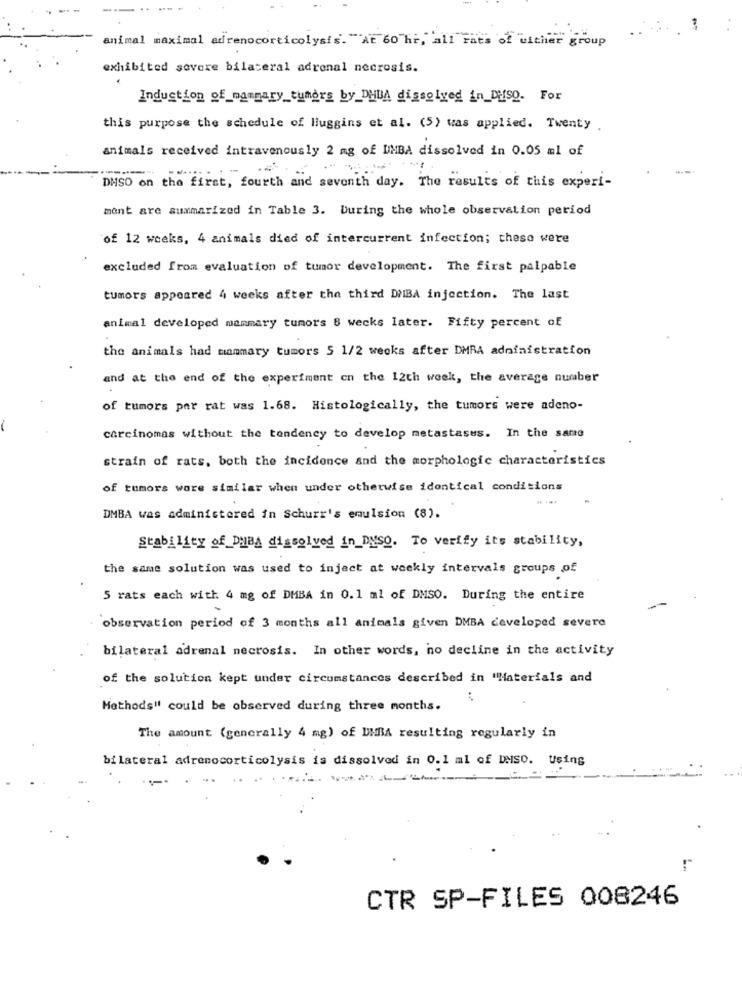
animal maximal adrenocorticolysis. "At 60 hr, all rats of uither group
exhibited sovere bilateral adrenal necrosis.
Induction of_mammary_tumors by_DHUA dissolved in_DHSQ. For
this purpose the schedule of Huggins et al. (5) was applied. Twenty .
animals received intravenously 2 mg of DMBA dissolved in 0.05 ml of
.-
DMSO on the first, fourth and seventh day. The results of this experi-
ment are summarized in Table 3. During the whole observation period
of 12 weeks, 4 animals died of intercurrent infection; these were
excluded from evaluation of tumor development. The first palpable
tumors appeared 4 weeks after the third DIBA injection. The last
animal developed mammary tumors 8 weeks later. Fifty percent of
the animals had mammary tumors 5 1/2 weeks after DMRA administration
and at the end of the experiment cn the 12th week, the average number
of tumors par rat was 1.68. Histologically, the tumors were adeno-
-
carcinomas without the tendency to develop metastases. In the same
strain of rats, both the incidence and the morphologie characteristics
of tumors wore similar when under otherwise identical conditions
. ...
DMBA was administered in Schurr's emulsion (8).
Stability of DuBA dissolved in_DYSO. To verify its stability,
the same solution was used to inject at weekly intervals groups of
5 rats each with 4 mg of DMBA in 0.1 ml of DMSO. During the entire
"observation period of 3 months all animals given DMBA developed severe
bilateral adrenal necrosis. In other words, no decline in the activity
of the solution kept under circumstances described in "Materials and
Methods" could be observed during three months.
The amount (generally 4 mg) of DIBA resulting regularly in
bilateral adrenocorticolysis is dissolved in 0.1 ml of DMSO. Using
--.
...
----
CTR SP-FILES 008246